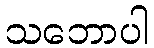
သဘောပါ